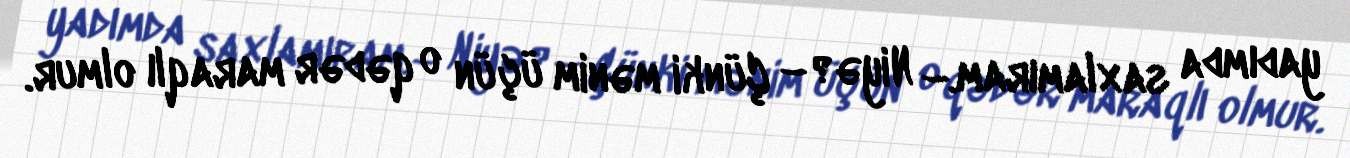
yadımda saxlamıram.– Niyə?– Çünki mənim üçün o qədər maraqlı olmur.